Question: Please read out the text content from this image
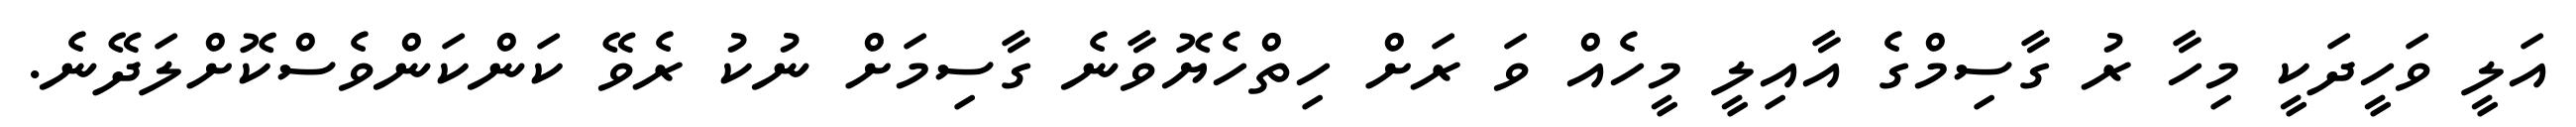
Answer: އަލީ ވަހީދަކީ މިހާ ރު ގާސިމްގެ އާއިލީ މީހެއް ވަ ރަށް ހިތްހެޔޮވާނެ ގާސިމަށް ނުކު ރެވޭ ކަންކަންވެސްކޮށްލަދޭނެ.